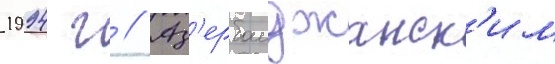
1994 г // Аз'ербаиджанск'им